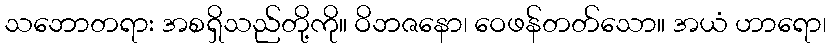
သဘောတရား အစရှိသည်တို့ကို။ ဝိဘဇနော၊ ဝေဖန်တတ်သော။ အယံ ဟာရော၊